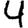
Digit: 4